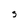
Character: s